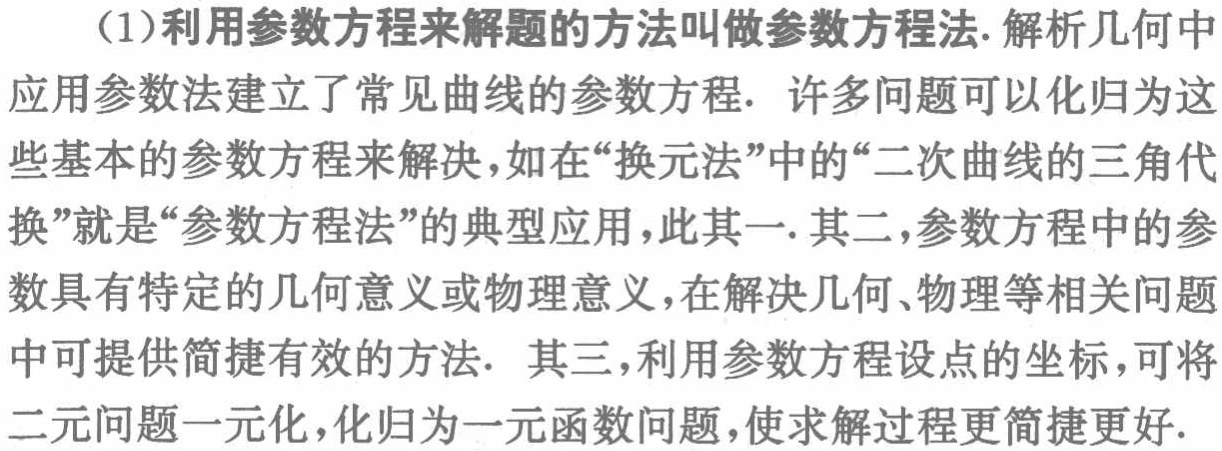
（1）利用参数方程来解题的方法叫做参数方程法. 解析几何中应用参数法建立了常见曲线的参数方程. 许多问题可以化归为这些基本的参数方程来解决，如在“换元法”中的“二次曲线的三角代换”就是“参数方程法”的典型应用，此其一. 其二，参数方程中的参数具有特定的几何意义或物理意义，在解决几何、物理等相关问题中可提供简捷有效的方法. 其三，利用参数方程设点的坐标，可将二元问题一元化，化归为一元函数问题，使求解过程更简捷更好.